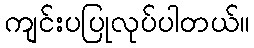
ကျင်းပပြုလုပ်ပါတယ်။